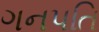
ગનપતિ